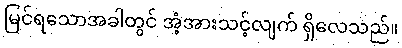
မြင်ရသောအခါတွင် အံ့အားသင့်လျက် ရှိလေသည်။